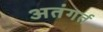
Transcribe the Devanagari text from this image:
अतंगर्त